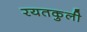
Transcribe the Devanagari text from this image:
रयतकुली